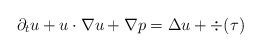
LaTeX: \begin{align*}\partial_t u+u\cdot \nabla u+\nabla p =\Delta u + \div(\tau)\end{align*}